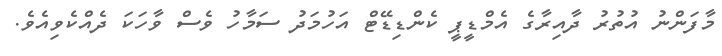
މާފަންނު އުތުރު ދާއިރާގެ އެމްޑީޕީ ކެންޑިޑޭޓް އަހުމަދު ސަމާހު ވެސް ވާހަކަ ދެއްކެވިއެވެ.